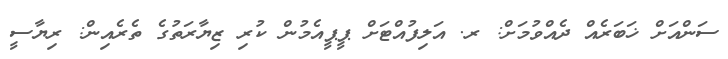
ސަންއަށް ޚަބަރެއް ދެއްވުމަށް: ރ. އަލިފުއްޓަށް ޕީޕީއެމުން ކުރި ޒިޔާރަތުގެ ތެރެއިން: ރިޔާސީ